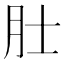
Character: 𬚯